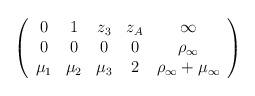
LaTeX: \begin{align*}\left (\begin{array}{ccccc}0&1&z_3&z_A&\infty\\0&0&0&0&\rho_\infty\\\mu _1&\mu _2&\mu _3& 2&\rho_\infty+\mu _\infty\end{array}\right )\end{align*}